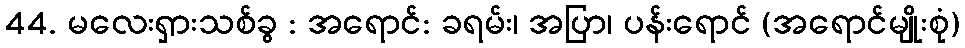
44. မလေးရှားသစ်ခွ : အရောင်: ခရမ်း၊ အပြာ၊ ပန်းရောင် (အရောင်မျိုးစုံ)